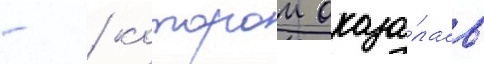
- / которои оказа́лась